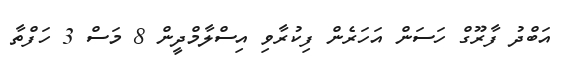
އަބްދު ފާރޫގް ހަސަން އަހަރެން ފިކުރާވި އިސްލާމްދީން 8 މަސް 3 ހަފްތާ